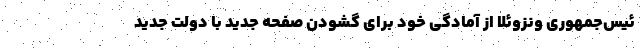
ئیس‌جمهوری ونزوئلا از آمادگی خود برای گشودن صفحه جدید با دولت جدید